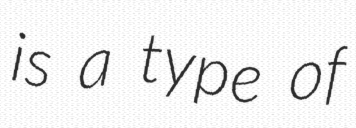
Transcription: is a type of